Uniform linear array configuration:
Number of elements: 8
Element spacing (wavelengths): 0.5
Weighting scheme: kaiser
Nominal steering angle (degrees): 30
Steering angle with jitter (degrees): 28.007
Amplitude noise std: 0.05
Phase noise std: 0.05

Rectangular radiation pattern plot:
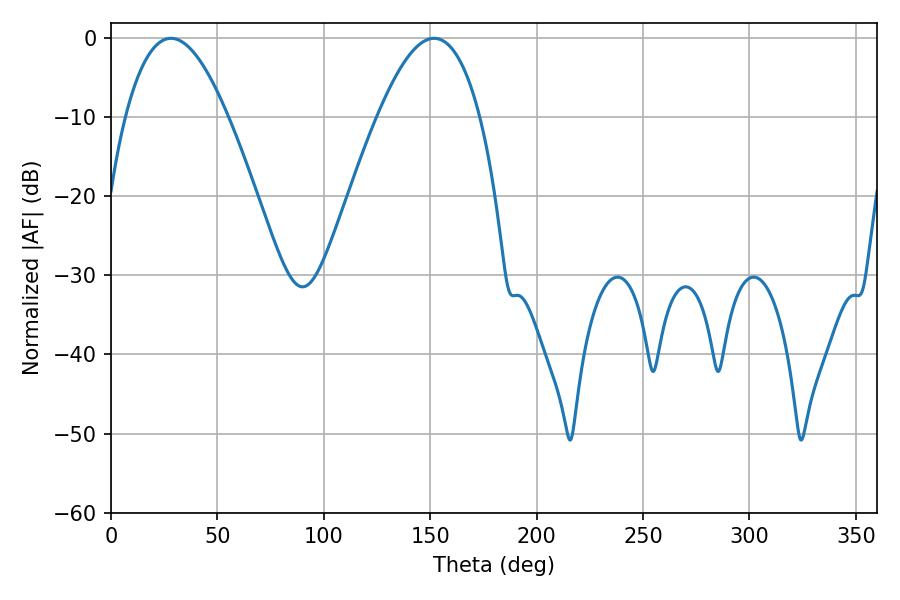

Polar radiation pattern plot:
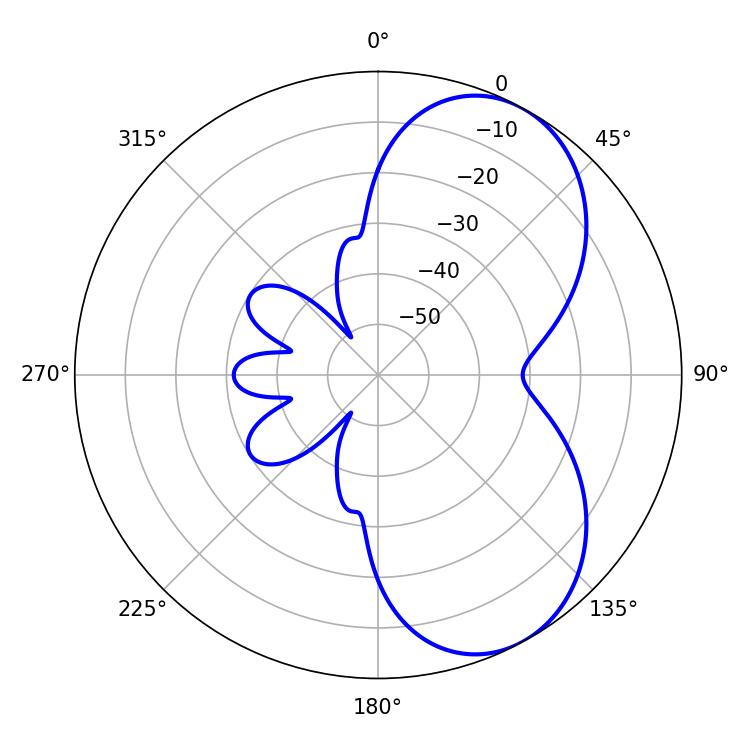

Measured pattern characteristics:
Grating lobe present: FALSE
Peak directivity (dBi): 6.16
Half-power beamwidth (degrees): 26.28
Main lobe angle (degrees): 28.26